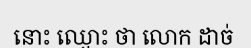
នោះ ឈ្មោះ ថា លោក ដាច់